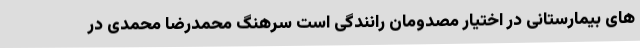
های بیمارستانی در اختیار مصدومان رانندگی است سرهنگ محمدرضا محمدی در